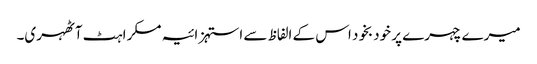
میرے چہرے پر خودبخود اس کے الفاظ سے استہزائیہ مسکراہٹ آٹھہری۔